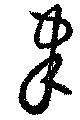
聿